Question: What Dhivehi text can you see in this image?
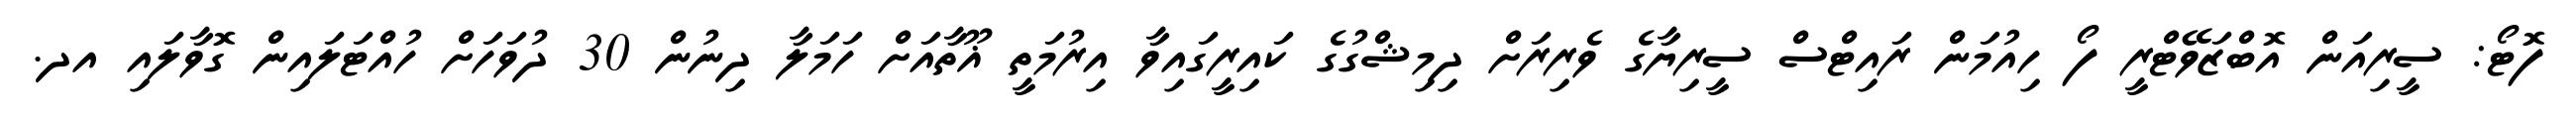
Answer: ފޮޓޯ: ސީރިއަން އޮބްޒަވޭޓްރީ ފޯ ހިއުމަން ރައިޓްސް ސީރިޔާގެ ވެރިރަށް ދިމިޝްގުގެ ކައިރީގައިވާ އިރުމަތީ ޣޫތާއަށް ހަމަލާ ދިނުން 30 ދުވަހަށް ހުއްޓަލައިން ގޮވާލައި އދ.